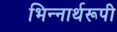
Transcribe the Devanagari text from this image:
भिन्‍नार्थरूपी